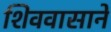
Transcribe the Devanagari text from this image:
शिववासाने